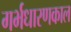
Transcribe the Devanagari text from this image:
गर्भधारणकाल